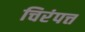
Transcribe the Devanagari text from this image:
चिरंपत्त